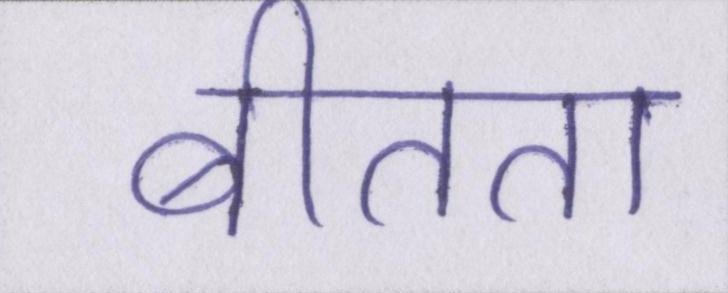
बीतता